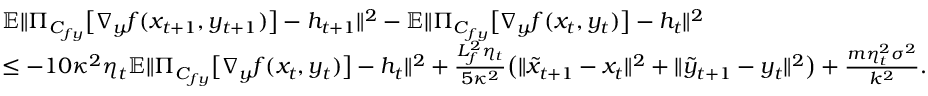
\begin{array} { r l } & { \mathbb { E } \| \Pi _ { C _ { f y } } \big [ \nabla _ { y } f ( x _ { t + 1 } , y _ { t + 1 } ) \big ] - h _ { t + 1 } \| ^ { 2 } - \mathbb { E } \| \Pi _ { C _ { f y } } \big [ \nabla _ { y } f ( x _ { t } , y _ { t } ) \big ] - h _ { t } \| ^ { 2 } } \\ & { \leq - 1 0 \kappa ^ { 2 } \eta _ { t } \mathbb { E } \| \Pi _ { C _ { f y } } \big [ \nabla _ { y } f ( x _ { t } , y _ { t } ) \big ] - h _ { t } \| ^ { 2 } + \frac { L _ { f } ^ { 2 } \eta _ { t } } { 5 \kappa ^ { 2 } } \big ( \| \tilde { x } _ { t + 1 } - x _ { t } \| ^ { 2 } + \| \tilde { y } _ { t + 1 } - y _ { t } \| ^ { 2 } \big ) + \frac { m \eta _ { t } ^ { 2 } \sigma ^ { 2 } } { k ^ { 2 } } . } \end{array}